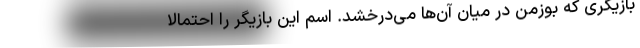
بازیگری که بوزمن در میان آن‌ها می‌درخشد. اسم این بازیگر را احتمالا